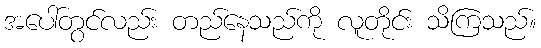
အပေါ်တွင်လည်း တည်နေသည်ကို လူတိုင်း သိကြသည်။